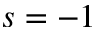
s = - 1